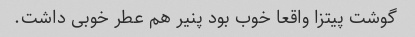
گوشت پیتزا واقعا خوب بود پنیر هم عطر خوبی داشت.